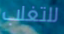
للتغلب